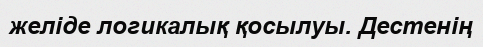
желіде логикалық қосылуы. Дестенің